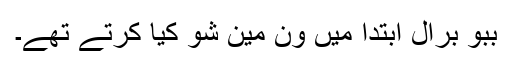
ببو برال ابتدا میں ون مین شو کیا کرتے تھے۔